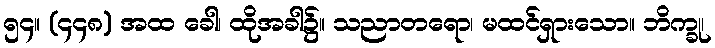
၅၄။ (၄၄၈) အထ ခေါ၊ ထိုအခါ၌။ သညာတရော၊ မထင်ရှားသော။ ဘိက္ခု၊